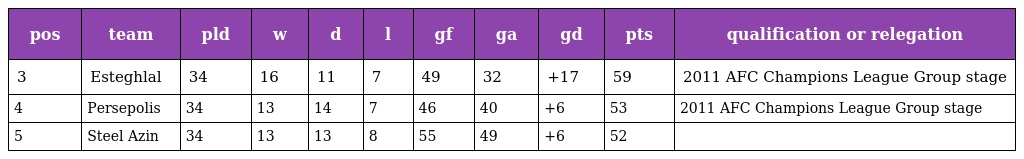
| pos | team | pld | w | d | l | gf | ga | gd | pts | qualification or relegation |
 | --- | --- | --- | --- | --- | --- | --- | --- | --- | --- | --- |
 | 3 | Esteghlal | 34 | 16 | 11 | 7 | 49 | 32 | +17 | 59 | 2011 AFC Champions League Group stage |
 | 4 | Persepolis | 34 | 13 | 14 | 7 | 46 | 40 | +6 | 53 | 2011 AFC Champions League Group stage |
 | 5 | Steel Azin | 34 | 13 | 13 | 8 | 55 | 49 | +6 | 52 |  |